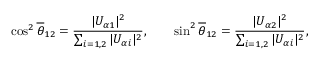
\cos ^ { 2 } \overline { { { \theta } } } _ { 1 2 } = \frac { | U _ { { \alpha } 1 } | ^ { 2 } } { \sum _ { i = 1 , 2 } | U _ { { \alpha } i } | ^ { 2 } } , \qquad \sin ^ { 2 } \overline { { { \theta } } } _ { 1 2 } = \frac { | U _ { { \alpha } 2 } | ^ { 2 } } { \sum _ { i = 1 , 2 } | U _ { { \alpha } i } | ^ { 2 } } ,